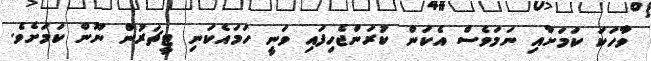
ވާހަކަ ކަމަށާއި ނަމަވެސް އެކަން ކުރަންޖެހިފައި ވަނީ ހަމައެކަނި ޓީޗަރުން ނޫން ކަމަށެވެ.